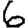
Digit: 6